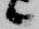
候